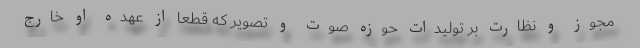
مجوز و نظارت بر تولیدات حوزه صوت و تصویر که قطعاً از عهده او خارج